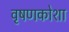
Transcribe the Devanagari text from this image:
वृषणकोशा